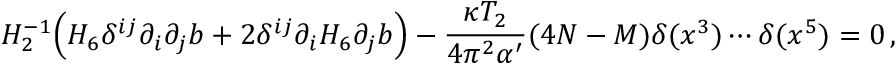
H _ { 2 } ^ { - 1 } \Big ( H _ { 6 } \delta ^ { i j } \partial _ { i } \partial _ { j } b + 2 \delta ^ { i j } \partial _ { i } H _ { 6 } \partial _ { j } b \Big ) - \frac { \kappa T _ { 2 } } { 4 \pi ^ { 2 } \alpha ^ { \prime } } ( 4 N - M ) \delta ( x ^ { 3 } ) \cdots \delta ( x ^ { 5 } ) = 0 \, ,